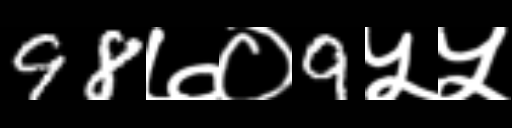
Text: 98७०9५५